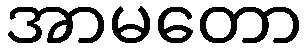
အာမတော